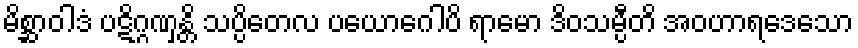
မိစ္ဆာဝါဒံ ပဋိဂ္ဂဏှန္တိ သပ္ပိတေလ ပယောဂေါပိ ရာမော ဒိဝသမ္ပီတိ အဝဟာရဒေသော